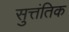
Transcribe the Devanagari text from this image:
सुत्तंतिक